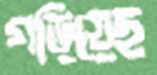
গড়িয়েছ